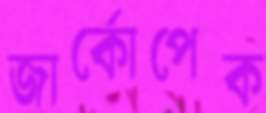
জার্কোপেক